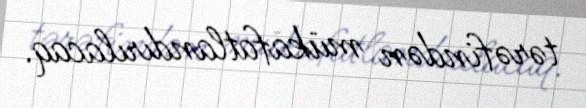
tərəfindən mükafatlandırılacaq.